Vital statistics of India. Vol. V, Reports of 1876 on armies & jails and on epidemic cholera
Year: 1876
Disease focus: Cholera
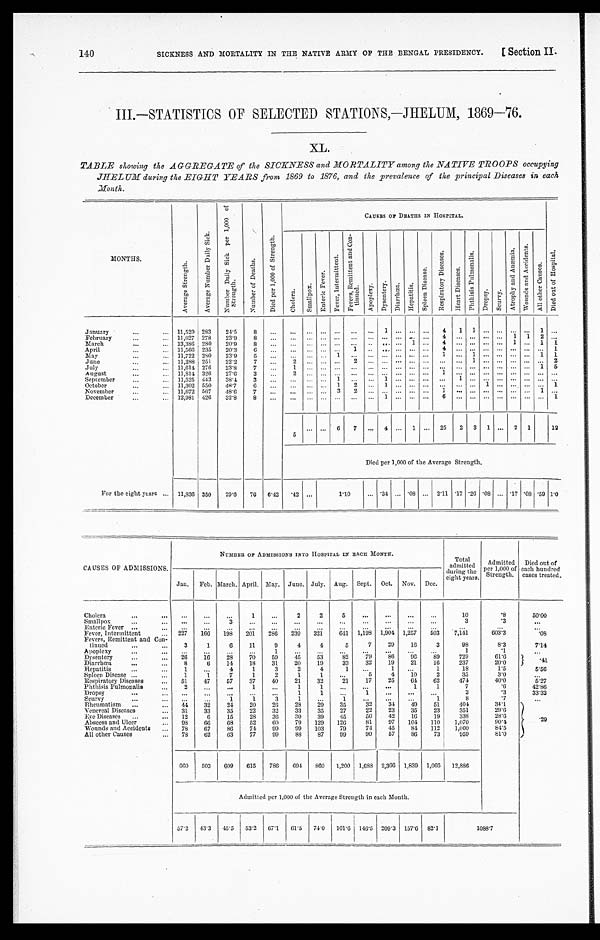
SICKNESS AND MORTALITY IN THE NATIVE ARMY OF THE BENGAL PRESIDENCY.
Section II.
140
III.—STATISTICS OF SELECTED STATIONS,—JHELUM, 1869—76.
TABLE showing the AGGREGATE of the SICKNESS and MORTALITY among the NATIVE TROOPS occupying
JHELUM during the EIGHT YEARS from 1869 to 1876, and the prevalence of the principal Diseases in each
Month.
MONTHS.
A v e r a g e S t r e n g t h .
A v e r a g e N u m b e r D a i l y S i c k .
N u m b e r D a i l y S i c k p e r 1 , 0 0 0 o f S t r e n g t h .
N u m b e r o f D e a t h s .
D i e d p e r 1 , 0 0 0 o f S t r e n g t h .
CAUSES OF DEATHS IN HOSPITAL.
D i e d o u t o f H o s p i t a l .
C h o l e r a .
S m a l l p o x .
E n t e r i c F e v e r .
F e v e r , I n t e r m i t t e n t .
F e v e r s , R e m i t t e n t a n d C o n -
t i n u e d .
A p o p l e x y .
D y s e n t e r y .
D i a r r h œ a .
H e p a t i t i s .
S p l e e n D i s e a s e .
R e s p i r a t o r y D i s e a s e s .
H e a r t D i s e a s e s .
P h t h i s i s P u l m o n a l i s .
D r o p s y .
S c u r v y .
A t r o p h y a n d A n æ m i a .
W o u n d s a n d A c c i d e n t s .
A l l o t h e r C a u s e s .
January . . .
11,529 283
24.5
8 . . .
. . .
. . . . . . . . .
. . .
. . .
1
. . .
. . .
. . . 4
1
1
. . .
. . .
. . .
. . . 1
. . .
February . . .
11,627 278
23.9
8
. . .
. . .
. . . . . . . . .
. . .
. . .
. . . . . .
. . .
. . . 4
. . .
. . . . . .
. . .
1
1 2
. . .
March . . .
13,386 280
20.9
8 . . .
. . .
. . . . . . . . .
. . .
. . .
. . .
. . .
1
. . . 4
. . .
. . . . . .
. . .
1
. . . 1
1
April . . .
11,566 235
20.3
6 . . .
. . .
. . . . . . . . .
1
. . .
. . .
. . .
. . .
. . . 4
. . .
. . . . . .
. . .
. . .
. . . . . .
1
M a y . . .
11,722 280
23.9
5
. . .
. . .
. . . . . . 1
. . .
. . .
. . .
. . .
. . .
. . . 1
. . .
1
. . .
. . .
. . .
. . . 1
1
June . . .
11,288 251
22.2
7 . . .
2
. . . . . . . . .
2
. . .
. . .
. . .
. . .
. . . . . .
. . .
1
. . .
. . .
. . .
. . . . . .
2
July . . .
11,614 276
23.8
7
. . .
1
. . . . . . . . .
. . .
. . .
. . . . . .
. . . . . .
. . .
. . . . . .
. . .
. . .
. . .
. . .
1
5
A ugust . . .
11,814 326
27.6
3
. . .
2
. . .
. . . . . .
. . .
. . . . . .
. . .
. . .
. . . 1
. . .
. . .
. . .
. . .
. . .
. . .
. . .
. . .
September . . .
11,525 443
38.4
3 . . .
. . .
. . . . . . 1
. . .
. . .
1
. . .
. . .
. . .
. . .
1
. . . . . .
. . .
. . .
. . . . . .
. . .
October . . .
11,302 550
48.7
6
. . .
. . . . . . . . . 1
2
. . .
1
. . .
. . .
. . .
. . .
. . .
. . . 1
. . .
. . .
. . . . . .
1
November . . .
11,672 567
48.6
7
. . .
. . .
. . . . . . 3
2
. . .
. . . . . .
. . .
. . . 1
. . .
. . . . . .
. . .
. . .
. . . 1
. . .
December . . .
12,981 426
32.8
8
. . .
. . .
. . . . . . . . .
. . .
. . .
1
. . .
. . .
. . .
6
. . .
. . . . . .
. . .
. . .
. . . . . .
1
5
. . . . . .
6
7
. . . 4
. . . 1
. . . 25
2 3 1
. . . 2 1
12
Died per 1,000 of the Average Strength.
For the eight years . . . 11,836 350
29.6
76
6.42
. 4 2
. . .
1.10
. . . .34
. . . .08
. . . 2.11 .17 .26 .08
. . . .17 .08 .59 1 . 0
CAUSES OF ADMISSIONS.
NUMBER OF ADMISSIONS INTO HOSPITAL IN BACH MONTH.
Total
admitted
during the
eight years.
Admitted
per 1,000 of
Strength.
Died out of
each hundred
cases treated.
Jan. Feb. March. April. May. June. July. Aug. Sept. Oct. Nov. Dec.
Cholera . . .
. . .
. . .
. . .
1
. . .
2
2
5
. . .
. . .
. . .
. . .
10
. 8
50.00
Smallpox . . .
. . .
. . .
3
. . .
. . .
. . .
. . .
. . .
. . .
. . .
. . .
. . .
3
.3
. . .
Enteric Fever . . .
. . .
. . .
. . .
. . .
. . .
. . .
. . .
. . .
. . .
. . .
. . .
. . .
. . .
. . .
. . .
Fever, Intermittent . . . 227
166
198
201
286
239
321
641 1,198 1,904 1,257
503
7,141
603.3
. 0 8
Fevers, Remittent and Con
-
tinued . . .
3
1
6
1 1
9
4
4
5
7
29
16
3
98
8.3
7.14
Apoplexy . . .
. . .
. . .
. . .
. . .
1
. . .
. . .
. . .
. . .
. . .
. . .
. . .
1
.1
. . .
Dysentery . . .
26
16
28
70
59
45
53
82
79
86
96
8 9
729
61.6
. 4 1
Diarrhœa . . .
8
6
14
18
31
20
19
33
32
19
21
16
237
20.0
Hepatitis . . .
1
. . .
4
1
3
2
4
1
. . .
1
. . .
1
18
1.5
5.56
Spleen Disease . . .
1
1
7
1
2
1
1
. . .
5
4
10
2
35
3.0
. . .
Respiratory Diseases . . .
51
47
57
37
40
21
32
21
17
25
64
62
474
4 0 . 0
5.27
Phthisis Pulmonalis . . .
2
. . .
. . .
1
. . .
1
1
. . .
. . .
. . .
1
1
7
. 6
42.86
Dropsy . . .
. . .
. . .
. . .
. . .
. . .
1
1
. . .
1
. . .
. . .
. . .
3
. 3
33.33
Scurvy . . .
. . .
. . .
1
1
3
1
. . .
1
. . .
. . .
. . .
1
8
.7
. . .
Rheumatism . . .
44
32
24
20
26
28
29
35
32
34
49
51
404
34.1
. 2
9
Venereal Diseases . . .
31
33
35
22
32
33
35
27
22
23
35
23
351
29. 6
Eve Diseases . . .
12
6
15
28
36
30
39
45
50
42
16
19
338
28. 6
Abscess and Ulcer . . .
98
6 6
68
52
60
79
129
126
81
97
104
1 1 0 1,070
90.4
Wounds and Accidents . . .
78
67
86
74
9 9
99
103
79
74
45
84
112
1,000
84.5
All other Causes . . .
78
62
63
77
99
88
87
99
90
57
86
73
959
81.0
660
503
609
615
786
694
8 6 0
1,200 1,688 2,366 1,839 1,006
12,886
Admitted per 1,000 of the Average Strength in each Month.
57.2
43.3 45.5
53.2 67.1 61.5
74.0
101.6 146.5 209.3 157.6 82.1
1 0 8 8 . 7